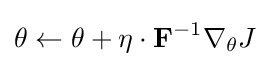
\theta \leftarrow \theta +\eta \cdot \mathbf {F} ^{-1}\nabla _{\theta }J